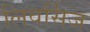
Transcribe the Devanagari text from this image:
लिवर्सिज